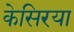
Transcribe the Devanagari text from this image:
केसिरया